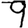
Digit: 9